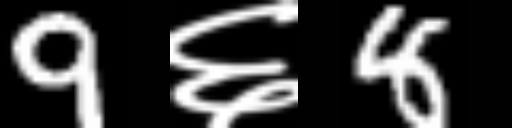
Text: 9६8